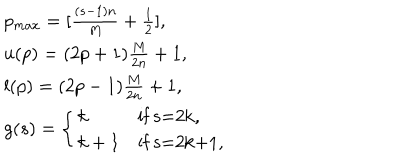
LaTeX: \begin{array} { l } { { p _ { m a x } = [ \frac { ( s - 1 ) n } { M } + \frac { 1 } { 2 } ] , } } \\ { { u ( p ) = ( 2 p + 1 ) \frac { M } { 2 n } + 1 , } } \\ { { l ( p ) = ( 2 p - 1 ) \frac { M } { 2 n } + 1 , } } \\ { { g ( s ) = \left\{ \begin{array} { l l } { { k } } & { { \mathrm { i f ~ s = 2 k , } } } \\ { { k + 1 } } & { { \mathrm { i f ~ s = 2 k + 1 , } } } \\ \end{array} \right. } } \\ \end{array}